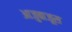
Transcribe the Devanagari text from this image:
आजुबाजूस